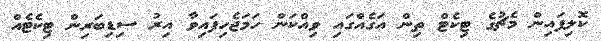
ކޮލިފައިން މެޗުގެ ޓިކެޓް ތިން އަގެއްގައި ވިއްކަން ހަމަޖެހިފައިވާ އިރު ސިޑިބަރިން ޓިކެެޓެއް